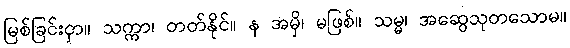
မြစ်ခြင်းငှာ။ သက္ကာ၊ တတ်နိုင်။ န အမှိ၊ မဖြစ်။ သမ္မ၊ အဆွေသုတသောမ။